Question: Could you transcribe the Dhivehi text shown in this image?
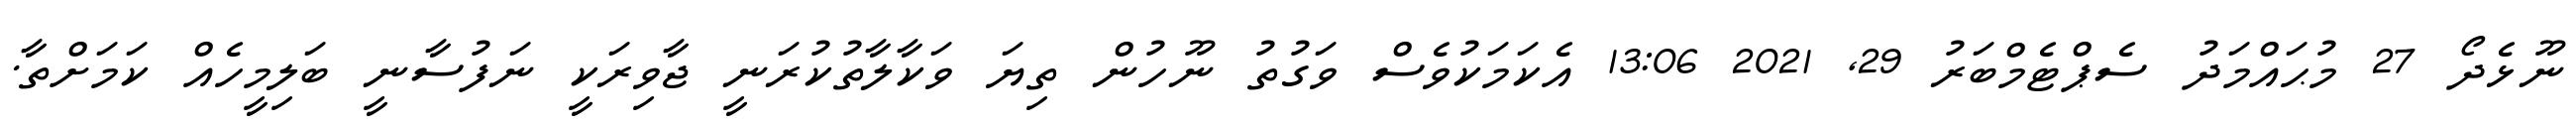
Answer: ނޫޅެދޯ 27 މުޙައްމަދު ސެޕްޓެމްބަރު 29, 2021 13:06 އެކަމަކުވެސް ވަގުތު ނޫހުން ތިޔަ ވަކާލާތުކުރަނީ ޖާވިރަކީ ނަފުސާނީ ބަލިމީހެއް ކަމަށްތާ.